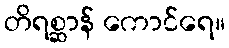
တိရစ္ဆာန် ကောင်ရေ။